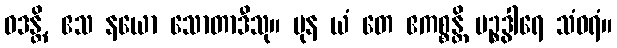
ဝဒန္တိ, ဧသ နယော သောတာဒီသု။ ပုန ယံ တေ ဧကစ္စန္တိ ပဉ္စဒွါရေ သံဝရံ။